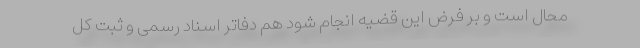
محال است و بر فرض این قضیه انجام شود هم دفاتر اسناد رسمی و ثبت کل